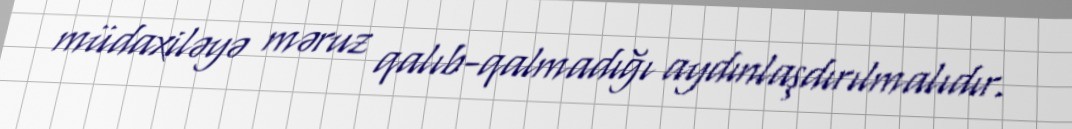
müdaxiləyə məruz qalıb-qalmadığı aydınlaşdırılmalıdır.